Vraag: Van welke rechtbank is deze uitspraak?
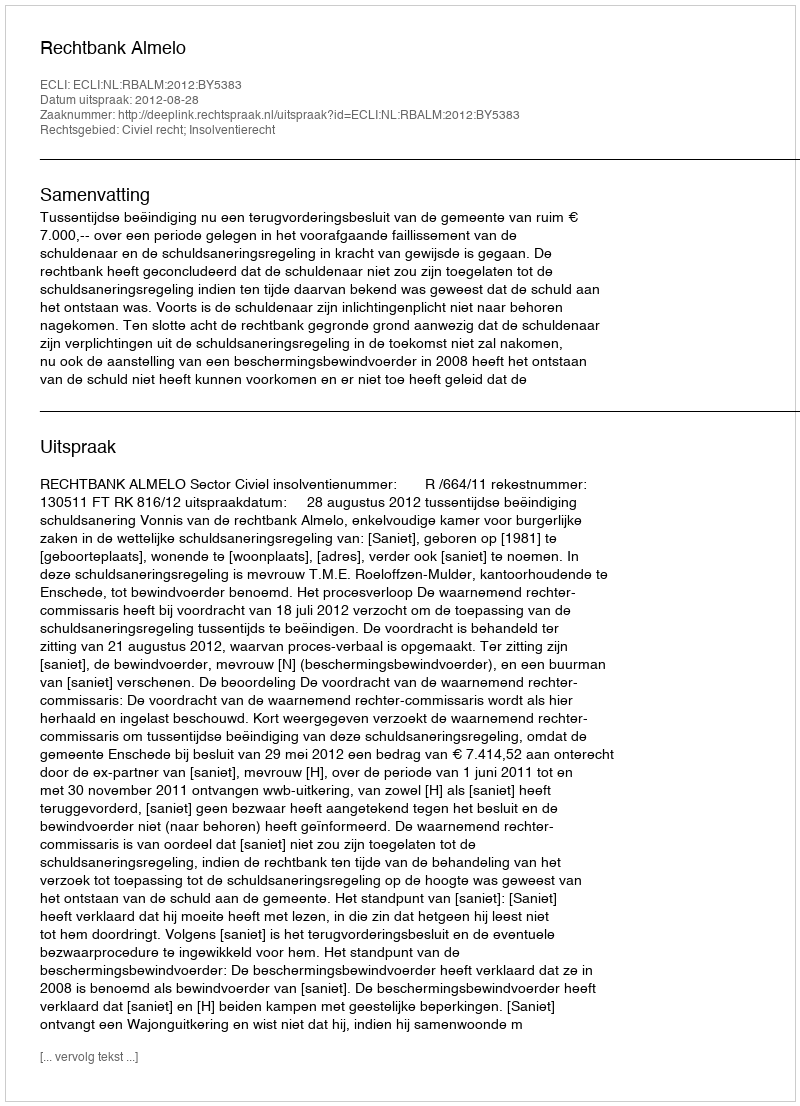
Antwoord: Rechtbank Almelo